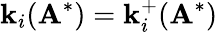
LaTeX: \mathbf{k}_{i}(\mathbf{{A}}^{*})=\mathbf{k}_{i}^{+}(\mathbf{{A}}^{*})